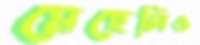
মেহেলিও